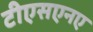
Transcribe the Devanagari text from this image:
टीएसएनए